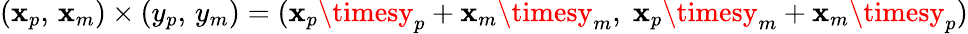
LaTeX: (\mathbf{x}_{p},\, \mathbf{x}_{m})\times(y_{p},\, y_{m})=(\mathbf{x}_{p}\timesy_{p}+\mathbf{x}_{m}\timesy_{m},\; \mathbf{x}_{p}\timesy_{m}+\mathbf{x}_{m}\timesy_{p})